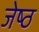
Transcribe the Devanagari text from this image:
जेष्‍ठ